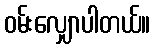
ဝမ်းလျှောပါတယ်။